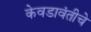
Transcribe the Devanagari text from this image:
केवडावंतीचे